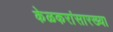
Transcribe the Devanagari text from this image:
केळकरांसारख्या